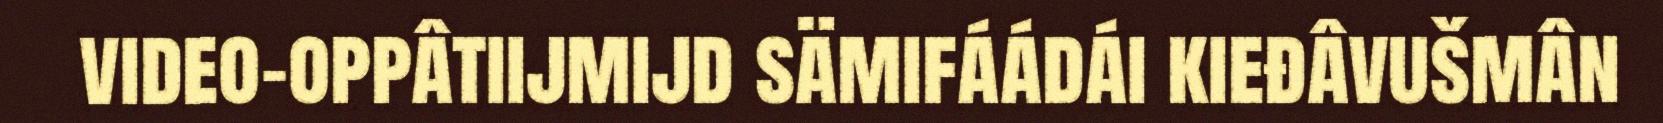
video-oppâtiijmijd sämifáádái kieđâvušmân